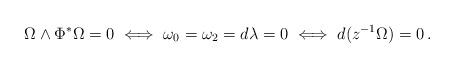
\begin{align*}\Omega \wedge \Phi^* \Omega =0 \iff \omega_0 = \omega_2 = d\lambda = 0 \iff d ( z^{-1} \Omega ) = 0 \, .\end{align*}